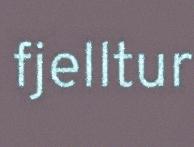
fjelltur